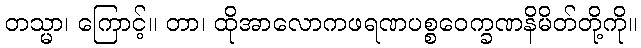
တသ္မာ၊ ကြောင့်။ တာ၊ ထိုအာလောကဖရဏပစ္စဝေက္ခဏနိမိတ်တို့ကို။